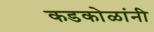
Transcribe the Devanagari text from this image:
कडकोळांनी